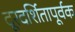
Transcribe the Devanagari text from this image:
दूरदर्शितापूर्वक